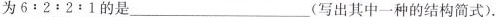
为$$6 : 2 : 2 : 1$$的是____(写出其中一种的结构简式).